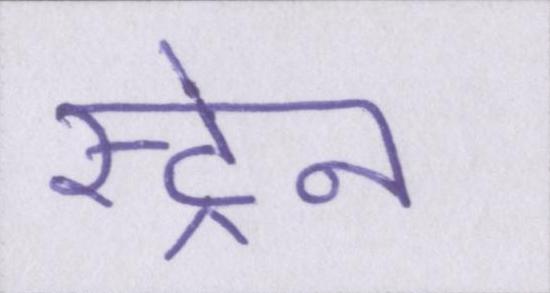
स्ट्रेन